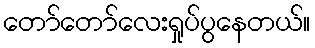
တော်တော်လေးရှုပ်ပွနေတယ်။